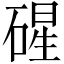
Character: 䃏